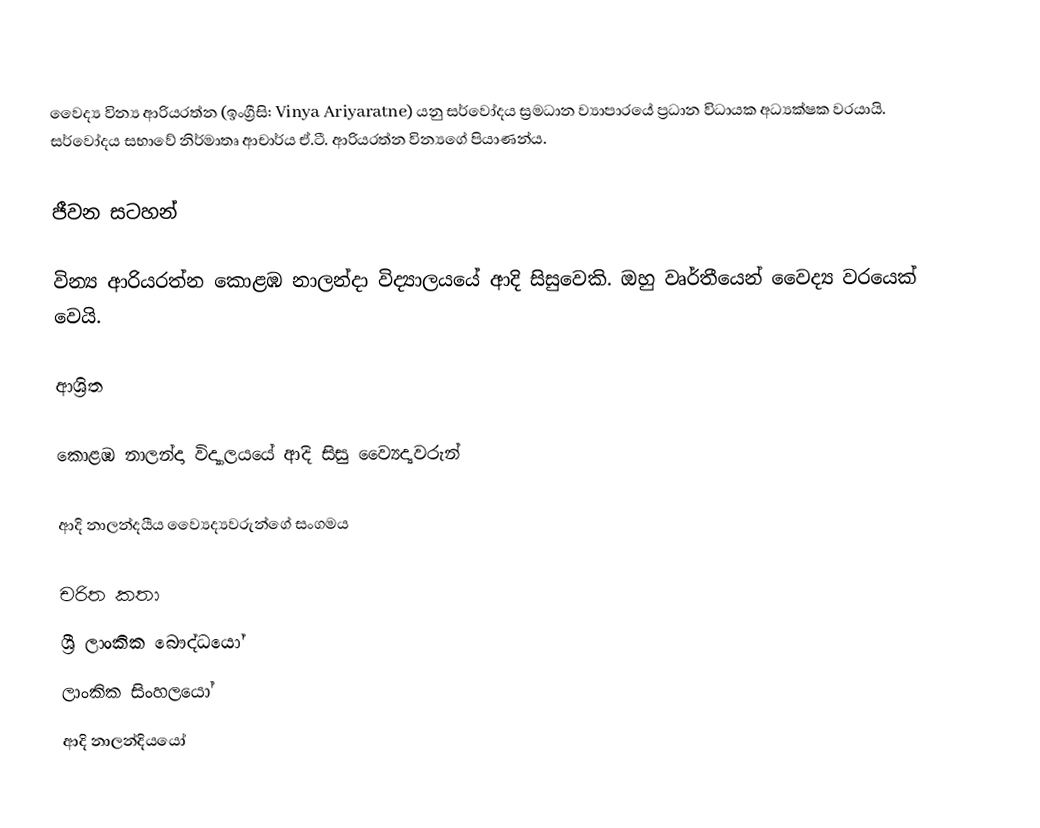
වෛද්‍ය වින්‍ය ආරියරත්න (ඉංග්‍රීසි: Vinya Ariyaratne) යනු සර්වෝදය  ස්‍රමධාන ව්‍යාපාරයේ ප්‍රධාන විධායක අධ්‍යක්ෂක වරයායි.  සර්වෝදය සභාවේ නිර්මාතෘ ආචාර්ය ඒ.ටී. ආරියරත්න වින්‍යගේ පියාණන්ය.

ජීවන සටහන්

වින්‍ය ආරියරත්න   කොළඹ නාලන්දා විද්‍යාලයයේ ආදි සිසුවෙකි.  ඔහු වෘර්තීයෙන් වෛද්‍ය වරයෙක් වෙයි.

ආශ්‍රිත

 කොළඹ නාලන්දා විද්‍යාලයයේ ආදි සිසු ව්‍යෛද්‍යවරුන්

 ආදි නාලන්දයීය ව්‍යෛද්‍යවරුන්ගේ සංගමය

චරිත කතා
ශ්‍රී ලාංකික බෞද්ධයෝ
ලාංකික සිංහලයෝ
ආදි නාලන්දියයෝ